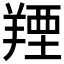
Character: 𦎣